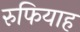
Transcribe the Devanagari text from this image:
रुफियाह